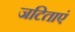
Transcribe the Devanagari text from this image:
जटिताएं